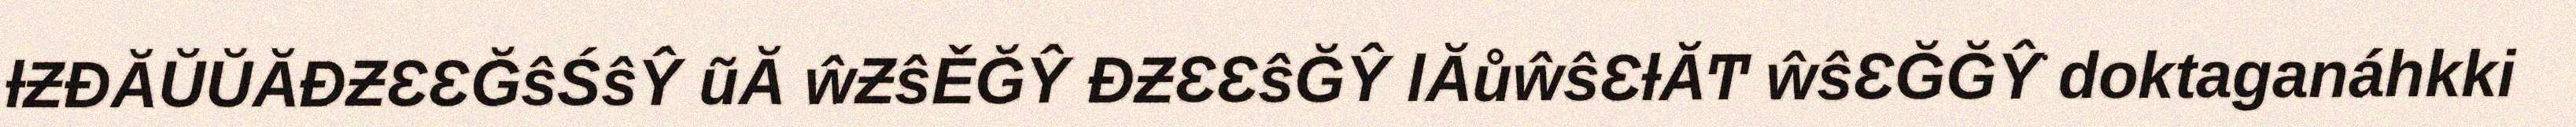
ƚƵĐĂŬŬĂĐƵƐƐĞŝŚŝŶ ũĂ ŵƵŝĚĞŶ ĐƵƐƐŝĞŶ ǀĂůŵŝƐƚĂͲ ŵŝƐĞĞŶ͘ doktaganáhkki